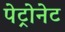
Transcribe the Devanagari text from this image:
पेट्रोनेट